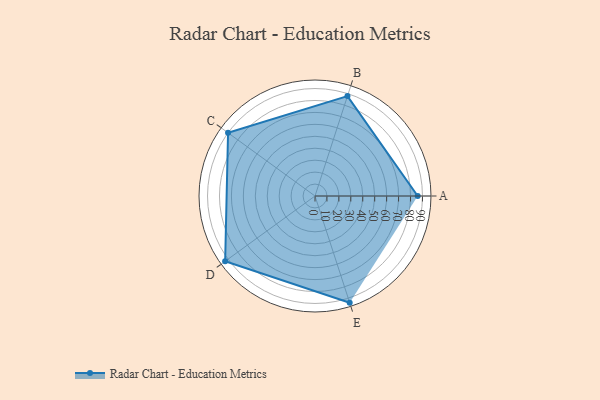
{"axis": {"x": "Skill", "y": "Score"}, "legend": ["Profile"], "data": [{"x": "A", "y": 86.0, "type": "Profile"}, {"x": "B", "y": 88.0, "type": "Profile"}, {"x": "C", "y": 90.0, "type": "Profile"}, {"x": "D", "y": 93.0, "type": "Profile"}, {"x": "E", "y": 94.0, "type": "Profile"}]}